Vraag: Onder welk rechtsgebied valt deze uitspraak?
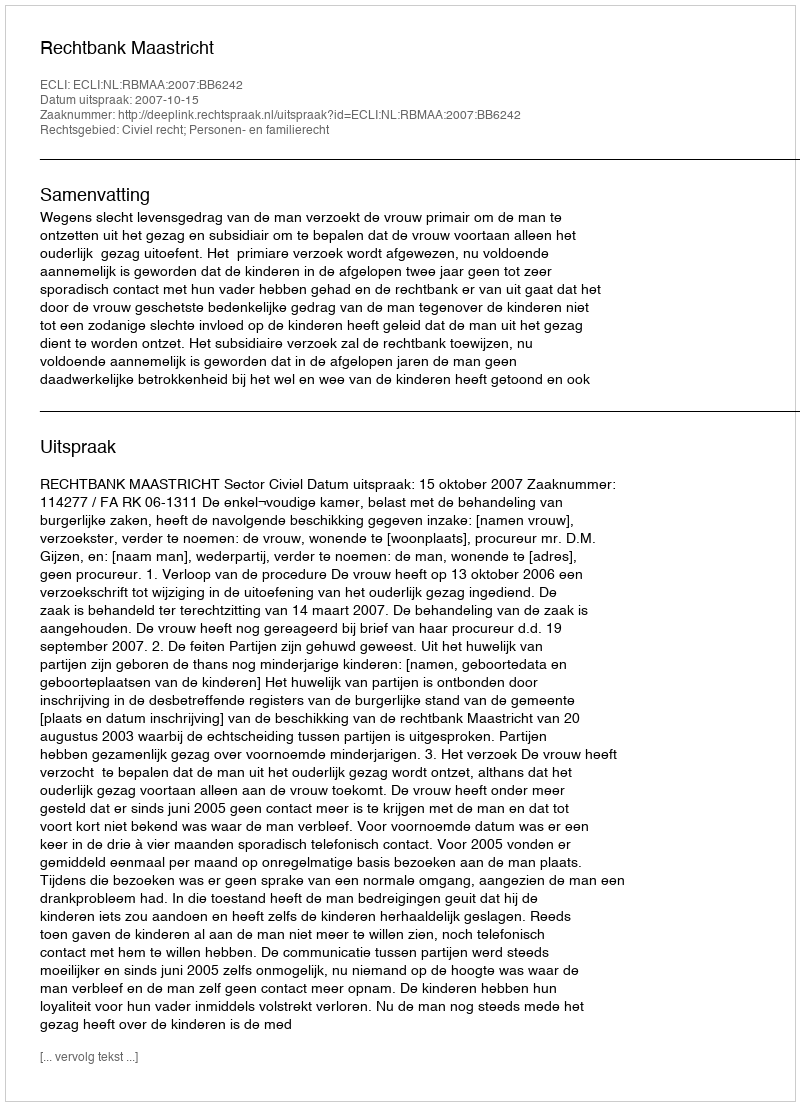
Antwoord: Civiel recht; Personen- en familierecht